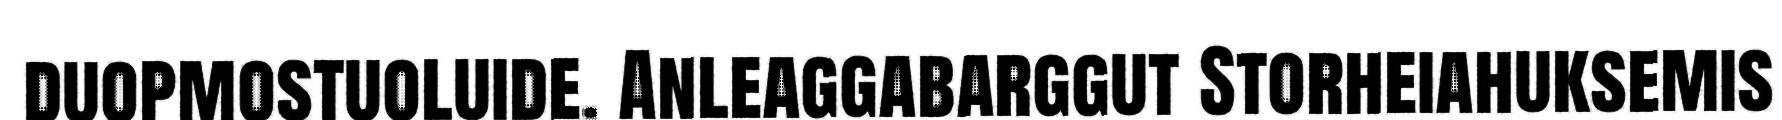
duopmostuoluide. Anleaggabarggut Storheiahuksemis